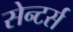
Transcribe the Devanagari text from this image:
सेन्टर्स